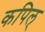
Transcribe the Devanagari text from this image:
कपिल्